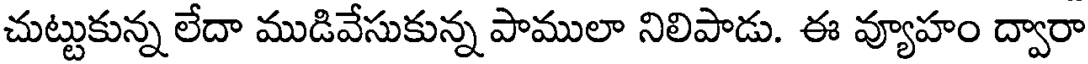
చుట్టుకున్న లేదా ముడివేసుకున్న పాములా నిలిపాడు. ఈ వ్యూహం ద్వారా